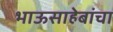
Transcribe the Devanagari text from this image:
भाऊसाहेबांचा